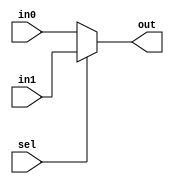
module mux2_1 #(parameter DATA_WIDTH=1)(

    input   wire   [DATA_WIDTH-1:0] in0,in1,
    input   wire                    sel,
    output  reg    [DATA_WIDTH-1:0] out  
);

always @(*)
   begin
        if(sel)
          out = in1;   
        else
          out = in0;      
   end
endmodule